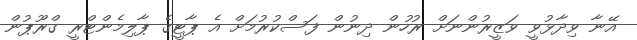
އޭނާ ވިދާޅުވީ ވަޒީރުންނަށް ރުހުން ދިނުން ފަސްކުރުމަށް އެ ޕާޓީގެ ޕާލިމެންޓްރީ ގްރޫޕުން